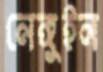
নেঙ্গুইন